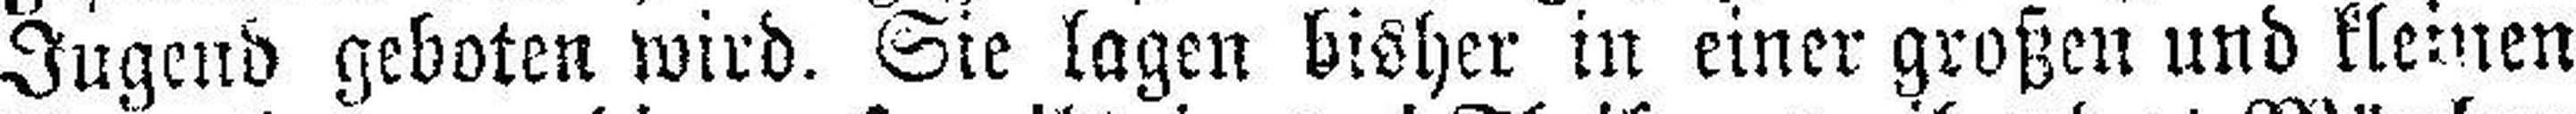
Jugend geboten wird. Sie lagen bisher in einer großen und kleinen